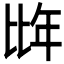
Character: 𭯌